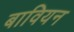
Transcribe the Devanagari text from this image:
बावियन